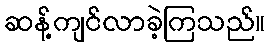
ဆန့်ကျင်လာခဲ့ကြသည်။